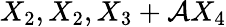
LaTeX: X_{2},X_{2},X_{3}+\mathcal{A}X_{4}